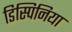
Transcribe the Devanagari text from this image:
डिस्पिनिया